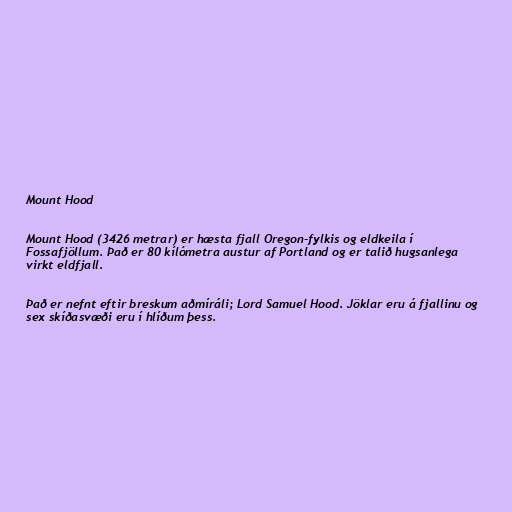
Mount Hood

Mount Hood (3426 metrar) er hæsta fjall Oregon-fylkis og eldkeila í
Fossafjöllum. Það er 80 kílómetra austur af Portland og er talið hugsanlega
virkt eldfjall.

Það er nefnt eftir breskum aðmíráli; Lord Samuel Hood. Jöklar eru á fjallinu og
sex skíðasvæði eru í hlíðum þess.